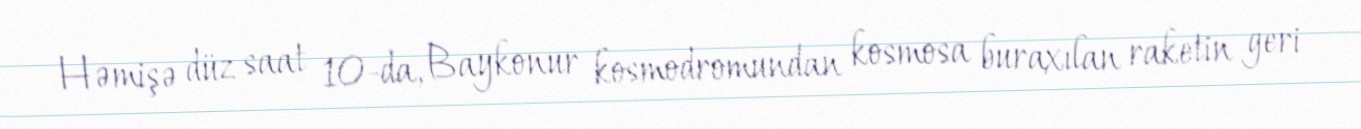
Həmişə düz saat 10-da, Baykonur kosmodromundan kosmosa buraxılan raketin geri